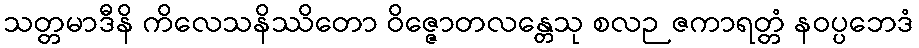
သတ္တမာဒီနိ ကိလေသနိဿိတော ဝိဇ္ဇောတလန္တေသု စလဉဇကာရတ္တံ နဝပ္ပဘေဒံ